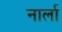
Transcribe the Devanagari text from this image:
नार्ला